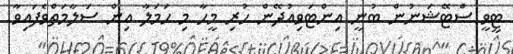
ޓީވީ ސްޓޭޝަނުން ބުނީ އިންޓަވިއުދޭން ހުރި މީހާ މި ހަމަލާ އިން ސަލާމަތްވެފައިވާ